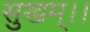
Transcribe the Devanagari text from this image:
सुखम्।।